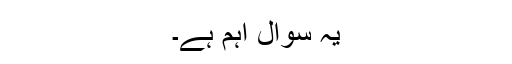
یہ سوال اہم ہے۔